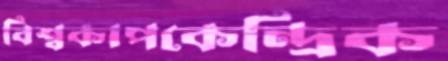
বিশ্বকাপকেন্দ্রিক